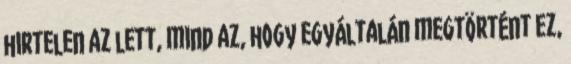
hirtelen az lett, mind az, hogy egyáltalán megtörtént ez,